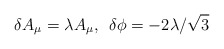
\begin{align*}\delta A_{\mu}=\lambda A_{\mu},\,\,\,\delta \phi=-2\lambda/\sqrt 3\end{align*}